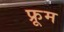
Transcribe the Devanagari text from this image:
फ्रूम